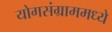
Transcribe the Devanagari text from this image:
योगसंग्राममध्ये